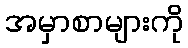
အမှာစာများကို